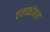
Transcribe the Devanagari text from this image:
एलकोहल